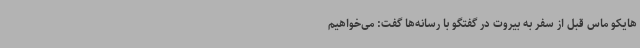
هایکو ماس قبل از سفر به بیروت در گفتگو با رسانه‌ها گفت: می‌خواهیم